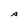
Character: A